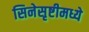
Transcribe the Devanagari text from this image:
सिनेसृष्टीमध्ये